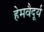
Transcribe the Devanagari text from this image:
हेमवैदूर्य